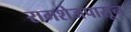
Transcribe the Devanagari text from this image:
रामशेजपासून